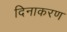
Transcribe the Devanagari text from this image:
दिनाकरण